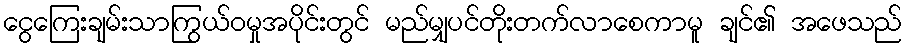
ငွေကြေးချမ်းသာကြွယ်ဝမှုအပိုင်းတွင် မည်မျှပင်တိုးတက်လာစေကာမူ ချင်၏ အဖေသည်